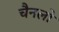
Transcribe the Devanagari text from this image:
चैनलो